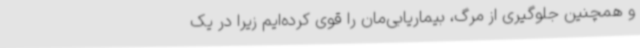
و همچنین جلوگیری از مرگ، بیماریابی‌مان را قوی کرده‌ایم زیرا در یک